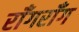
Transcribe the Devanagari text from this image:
राँगराँग